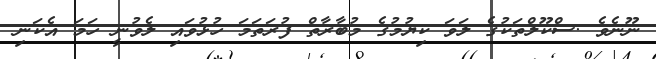
ނޫނެވެ .ސްކޫލްތަކުގެ ލަވަ ކިޔުމުގެ މުބާރާތް ފުރަތަމަ ހުޅުވައި ލެވުނީ ހަމަ އެކަނި